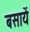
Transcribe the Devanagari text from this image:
बसायें